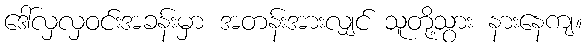
ဒေါ်လှလှဝင်းအခန်းမှာ အတန်းအားလျှင် သူတို့သွား နားနေကျ။